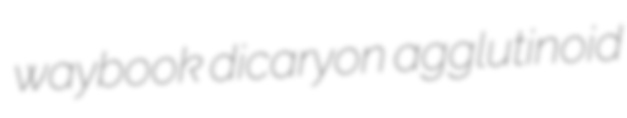
waybook dicaryon agglutinoid